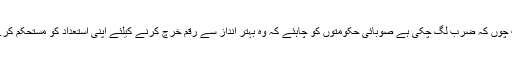
اب چوں کہ ضرب لگ چکی ہے صوبائی حکومتوں کو چاہئے کہ وہ بہتر انداز سے رقم خرچ کرنے کیلئے اپنی استعداد کو مستحکم کرے۔